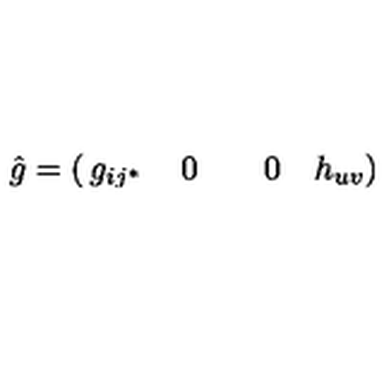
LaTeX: \hat { g } = \left( \begin{matrix} { g _ { i j ^ { * } } } & { \quad 0 \quad } \\ { \quad 0 \quad } & { h _ { u v } } \\ \end{matrix} \right)